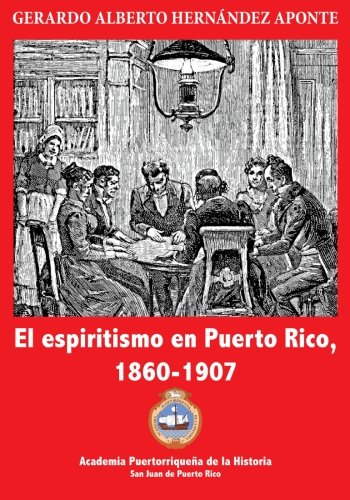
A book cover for El espiritismo en Puerto Rico, 1860-1907 (Spanish Edition); Gerardo Alberto Hernandez Aponte; History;